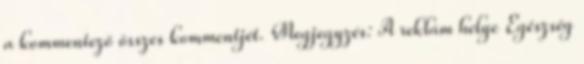
a kommentező összes kommentjét. Megjegyzés: A reklám helye Egészség